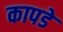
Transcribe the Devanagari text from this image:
कापडे